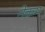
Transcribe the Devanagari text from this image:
नेकम